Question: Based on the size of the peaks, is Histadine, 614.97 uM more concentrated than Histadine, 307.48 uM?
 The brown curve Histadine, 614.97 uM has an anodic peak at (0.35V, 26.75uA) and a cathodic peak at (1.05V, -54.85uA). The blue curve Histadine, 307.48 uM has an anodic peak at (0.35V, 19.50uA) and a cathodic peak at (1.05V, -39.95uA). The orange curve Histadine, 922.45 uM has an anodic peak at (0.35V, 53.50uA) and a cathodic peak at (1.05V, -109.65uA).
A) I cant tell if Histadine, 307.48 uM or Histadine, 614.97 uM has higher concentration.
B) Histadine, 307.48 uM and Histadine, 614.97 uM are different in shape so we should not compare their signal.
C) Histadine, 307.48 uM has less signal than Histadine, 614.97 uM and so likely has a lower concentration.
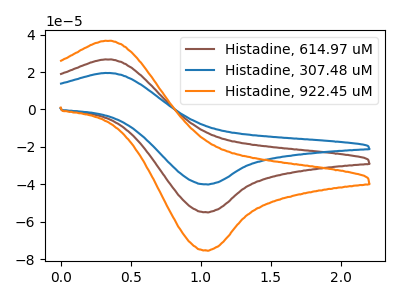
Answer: <think>All the peaks in "Histadine, 307.48 uM" have a peak in "Histadine, 614.97 uM" at the same potential. Every peak in "Histadine, 307.48 uM" is lower than every peak in "Histadine, 614.97 uM".
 </think>
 <answer>C) "Histadine, 307.48 uM" has less signal than "Histadine, 614.97 uM" and so likely has a lower concentration.</answer>
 <eval>C</eval>